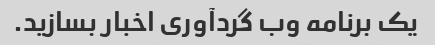
یک برنامه وب گردآوری اخبار بسازید.